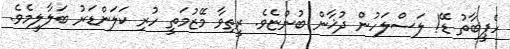
ހެޕީބާތު ޑޭ! ލަސްލަހުން ދުޚާން ބުންޏެވެ. ރީތިވާ މޭޒުމަތީ ހުރި ކަލަންޑަރު ބަލާލީމެވެ.